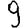
Digit: 9